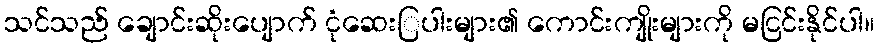
သင်သည် ချောင်းဆိုးပျောက် ငုံဆေးြပါးများ၏ ကောင်းကျိုးများကို မငြင်းနိုင်ပါ။